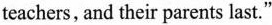
teachers,and their parents last."